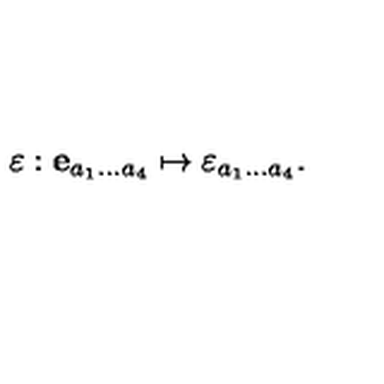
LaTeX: \mathrm { \boldmath \varepsilon } : { \bf e } _ { a _ { 1 } \ldots a _ { 4 } } \mapsto \varepsilon _ { a _ { 1 } \ldots a _ { 4 } } .